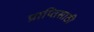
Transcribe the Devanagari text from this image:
प्राप्तिसाठी